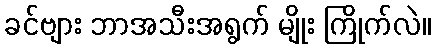
ခင်ဗျား ဘာအသီးအရွက် မျိုး ကြိုက်လဲ။